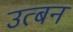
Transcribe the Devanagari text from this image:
उत्बन